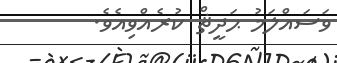
ވަސައްލަމު ޙަދީޘް ކުރެއްވިއެވެ.